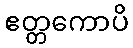
ဧတ္တကောပိ